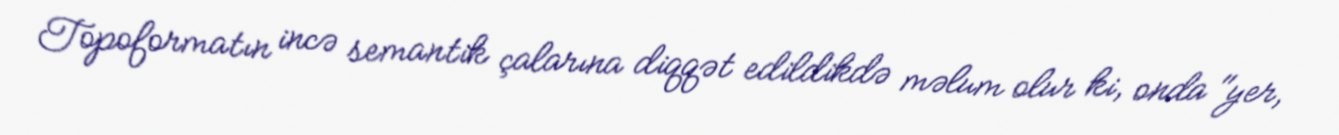
Topoformatın incə semantik çalarına diqqət edildikdə məlum olur ki, onda "yer,